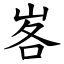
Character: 峉